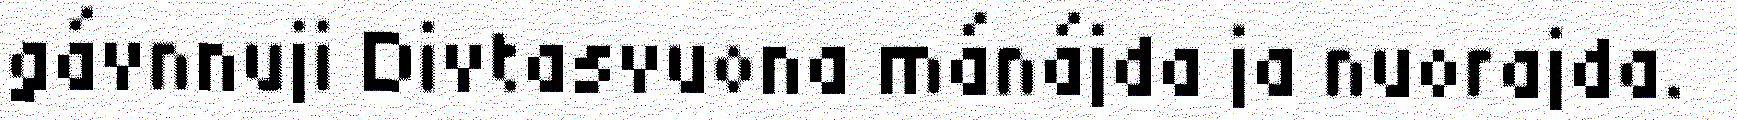
gávnnuji Divtasvuona mánájda ja nuorajda.